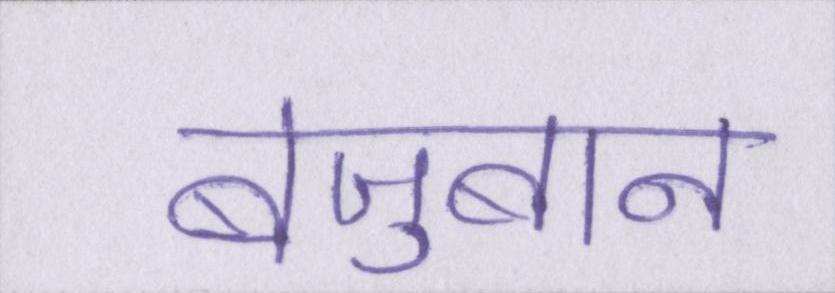
बेज़ुबान